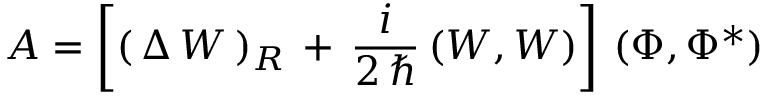
{ \cal A } = \left[ ( \, \Delta \, W \, ) _ { R } \, + \, \frac { i } { 2 \, \hbar } \, ( W , W ) \right] \, ( \Phi , \Phi ^ { * } )